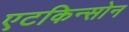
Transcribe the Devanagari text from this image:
एटकिन्सोन